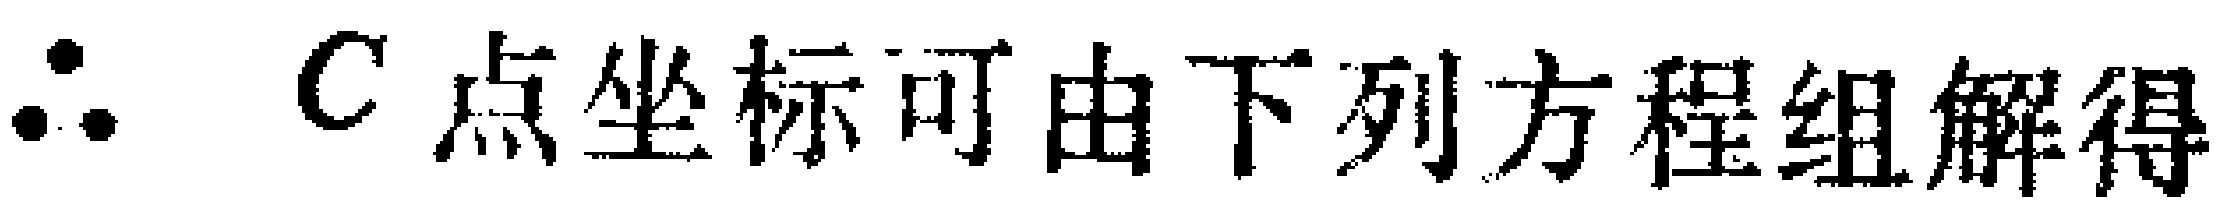
\(\therefore C点坐标可由下列方程组解得\)